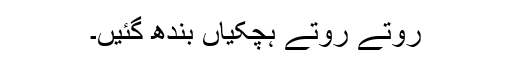
روتے روتے ہچکیاں بندھ گئیں۔